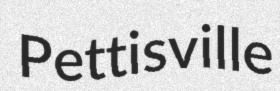
Pettisville